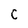
Character: C